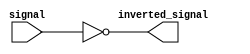
module inverting_buffer (
    input signal,
    output inverted_signal
);

assign inverted_signal = ~signal;

endmodule